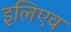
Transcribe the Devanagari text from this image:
इलिएव